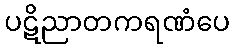
ပဋိညာတကရဏံပေ